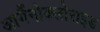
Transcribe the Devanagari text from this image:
आर्गैनोक्लोराइड